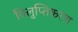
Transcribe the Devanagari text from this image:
विलुप्तिकरण